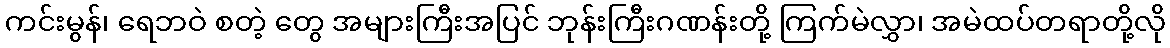
ကင်းမွန်၊ ရေဘဝဲ စတဲ့ တွေ အများကြီးအပြင် ဘုန်းကြီးဂဏန်းတို့ ကြက်မဲလွှာ၊ အမဲထပ်တရာတို့လို